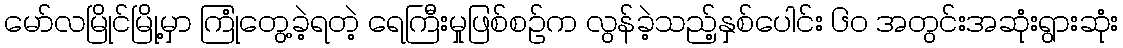
မော်လမြိုင်မြို့မှာ ကြုံတွေ့ခဲ့ရတဲ့ ရေကြီးမှုဖြစ်စဉ်က လွန်ခဲ့သည့်နှစ်ပေါင်း ၆၀ အတွင်းအဆုံးရွားဆုံး